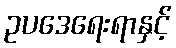
ဥပဒေရေးရာနှင့်